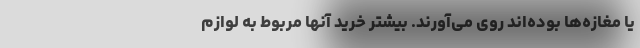
یا مغازه‌ها بوده‌اند روی می‌آورند. بیشتر خرید آنها مربوط به لوازم